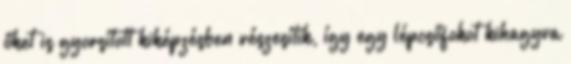
őket is gyorsított kiképzésben részesítik, így egy lépcsőfokot kihagyva